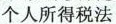
个人所得税法